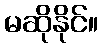
မဆိုနိုင်။